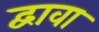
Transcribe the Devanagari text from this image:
द्वावा